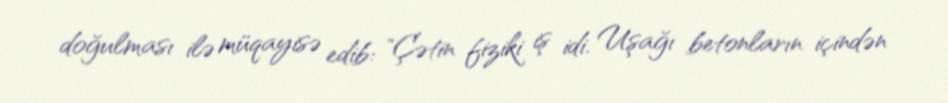
doğulması ilə müqayisə edib: "Çətin fiziki iş idi. Uşağı betonların içindən